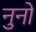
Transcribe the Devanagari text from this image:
नुनो